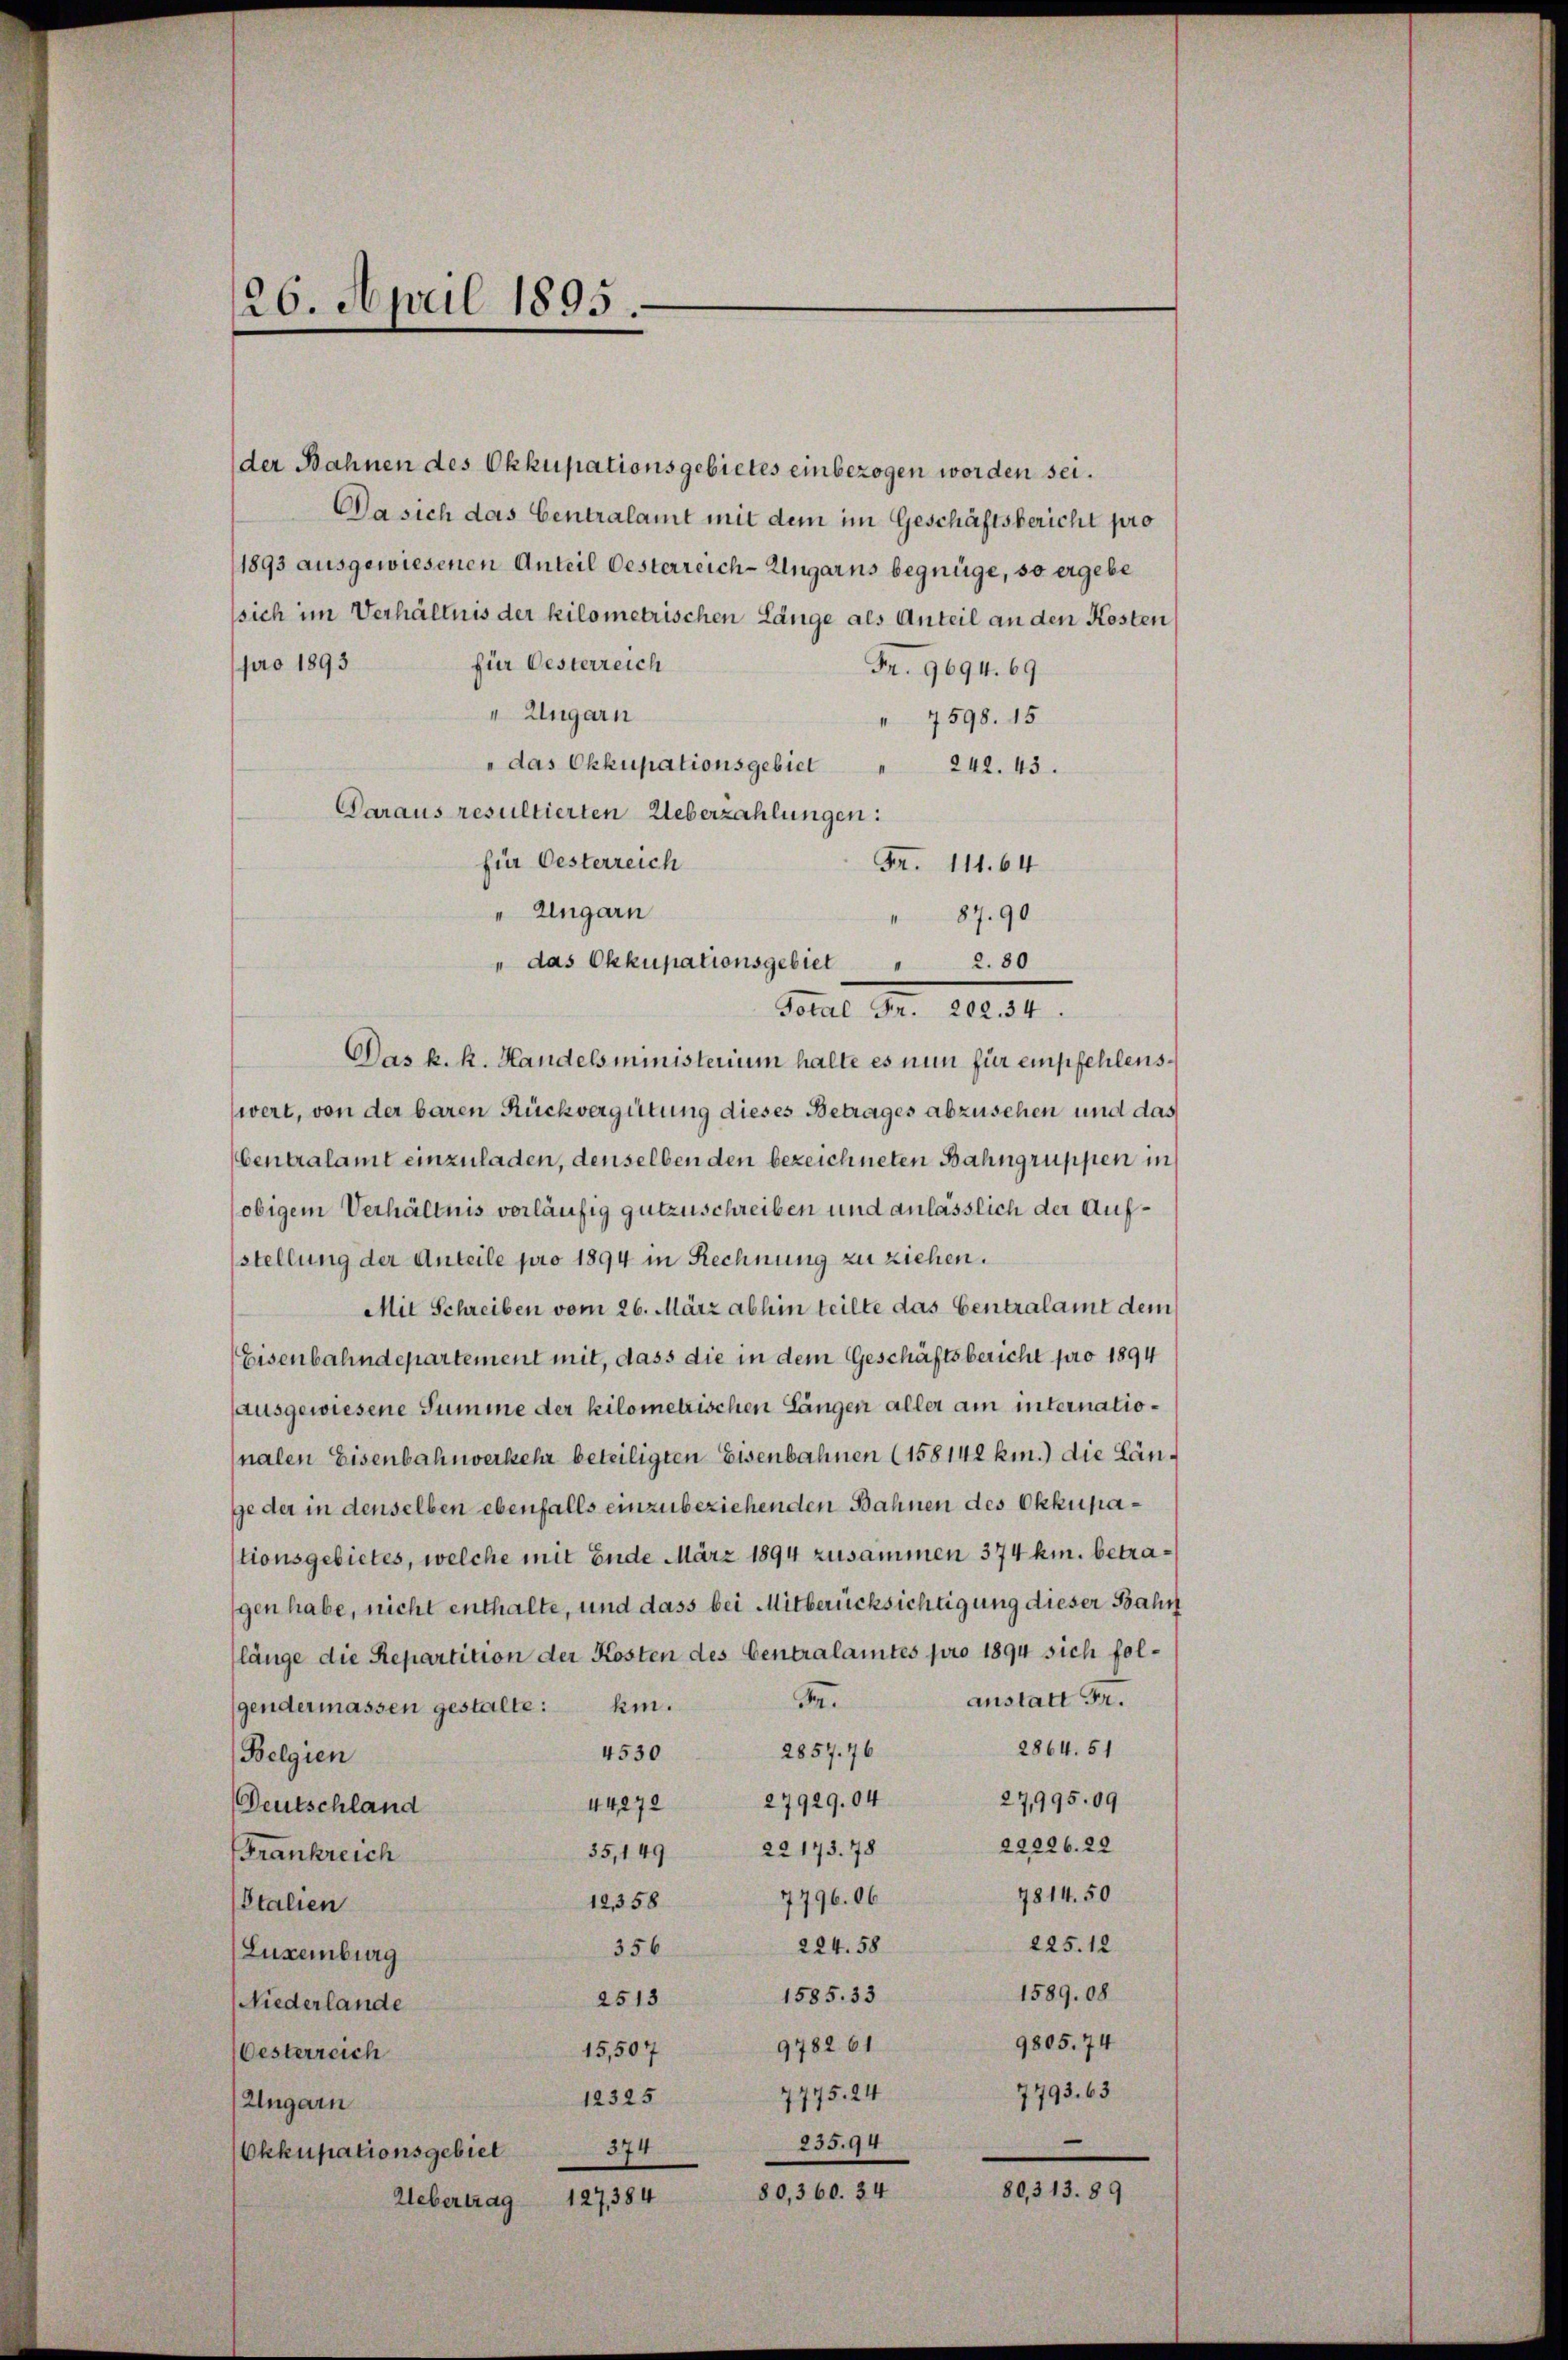
26. April 1895.

der Bahnen des Okkupationsgebietes einbezogen worden sei.
Da sich das Centralamt mit dem im Geschäftsbericht pro
1893 ausgewiesenen Anteil Oesterreich-Ungarns begnüge, so ergebe
sich im Verhältnis der kilometrischen Länge als Anteil an den Kosten
für Oesterreich
pro 1893
Fr. 9694. 69.
" Ungarn
" 7598. 15
"das Okkupationsgebiet " 242. 43.
Daraus resultierten Ueberzahlungen:
für Oesterreich
Fr. 111. 64
" Ungarn
Das k. k. Handelsministerium halte es nun für empfehlenswert, von der baren Rückvergütung dieses Betrages abzusehen und das
Centralamt einzuladen, denselben den bezeichneten Bahngruppen in
obigem Verhältnis vorläufig gutzuschreiben und anlässlich der Aufstellung der Anteile pro 1894 in Rechnung zu ziehen.
Mit Schreiben vom 26. März abhin teilte das Centralamt dem
Eisenbahndepartement mit, dass die in dem Geschäftsbericht pro 1894
sausgewiesene Summe der Kilometrischen Längen aller am internationalen Eisenbahnverkehr beteiligten Eisenbahnen (158142 km.) die Länge der in denselben ebenfalls einzubeziehenden Bahnen des Okkupastionsgebietes, welche mit Ende März 1894 zusammen 374 km. betragen habe, nicht enthalte, und dass bei Mitberücksichtigung dieser Bahn
länge die Repartition der Kosten des Centralamtes pro 1894 sich folanstatt Fr.
.
gendermassen gestalte: hin.
2864. 51
2857. 76
4530
Belgien
27,995. 09
4427. 27929.04
Deutschland
22226. 22
22173. 78
35,149
Frankreich
7814. 50
7796. 06
12,358
Stalien
225. 12
224. 58
356
Luxenburg
1589. 08
1585. 33
2513
Niederlande
9805. 74
9782. 61
15,507
Oesterreich
7793. 63
7775. 24
12325
Ungarn
235,94
374
Okkupationsgebiet
80,313. 89
80,360. 34
Uebertrag 127, 384

" 87. 90
das Okkupationsgebiet   "  2. 80
Stadt Nr. 1834.